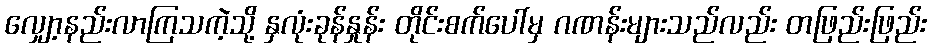
လျှော့နည်းလာကြသကဲ့သို့ နှလုံးခုန်နှုန်း တိုင်းစက်ပေါ်မှ ဂဏန်းများသည်လည်း တဖြည်းဖြည်း